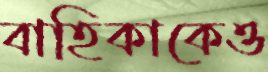
বাহিকাকেও